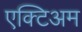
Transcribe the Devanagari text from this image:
एक्टिअम